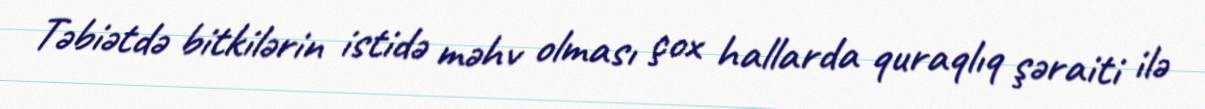
Təbiətdə bitkilərin istidə məhv olması çox hallarda quraqlıq şəraiti ilə